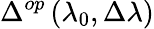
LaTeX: \Delta^{op}\left(\lambda_{0},\Delta\lambda\right)